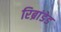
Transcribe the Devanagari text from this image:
रिब्रांडेड